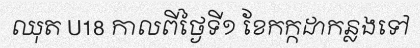
ឈុត U18 កាលពីថ្ងៃទី១ ខែកក្កដាកន្លងទៅ